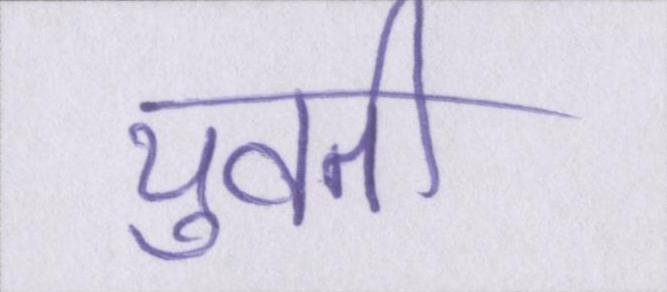
युवती